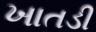
ખાતડી